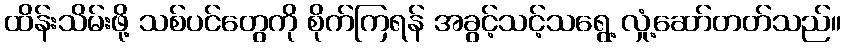
ထိန်းသိမ်းဖို့ သစ်ပင်တွေကို စိုက်ကြရန် အခွင့်သင့်သရွေ့ လှုံ့ဆော်တတ်သည်။